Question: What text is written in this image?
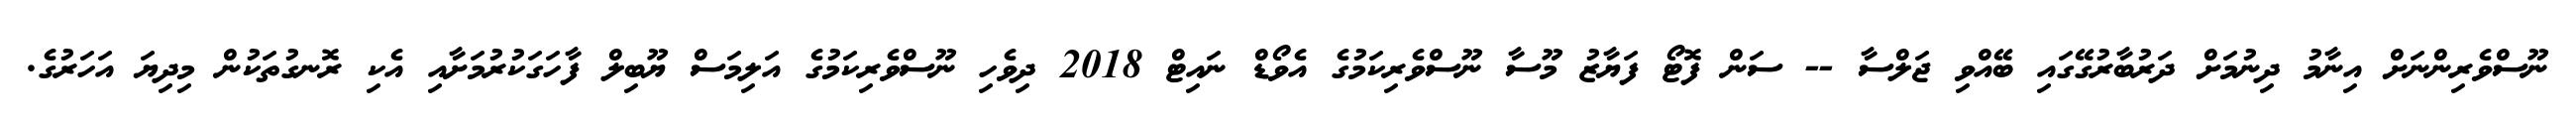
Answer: ނޫސްވެރިންނަށް އިނާމު ދިނުމަށް ދަރުބާރުގޭގައި ބޭއްވި ޖަލްސާ -- ސަން ފޮޓޯ ފަޔާޒު މޫސާ ނޫސްވެރިކަމުގެ އެވޯޑް ނައިޓް 2018 ދިވެހި ނޫސްވެރިކަމުގެ އަލިމަސް ޔޫބިލް ފާހަގަކުރުމަށާއި އެކި ރޮނގުތަކުން މިދިޔަ އަހަރުގެ.